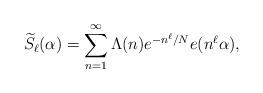
LaTeX: \begin{align*}\widetilde{S}_{\ell}(\alpha)=\sum_{n=1}^{\infty} \Lambda(n) e^{-n^{\ell}/N}e(n^{\ell}\alpha),\end{align*}